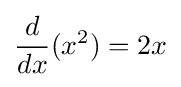
{\frac {d}{dx}}(x^{2})=2x